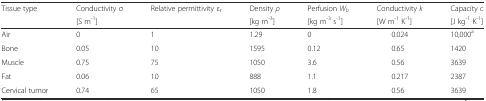
| Tissue type | Conductivity σ | Relative permittivity εr | Density ρ | Perfusion Wb | Conductivity k | Capacity c |
 |  | [S m-1] |  | [kg m-3] | [kg m-3 s-1] | [W m-1 K-1] | [J kg-1 K-1] |
 | --- | --- | --- | --- | --- | --- | --- |
 | Air | 0 | 1 | 1.29 | 0 | 0.024 | 10,000a |
 | Bone | 0.05 | 10 | 1595 | 0.12 | 0.65 | 1420 |
 | Muscle | 0.75 | 75 | 1050 | 3.6 | 0.56 | 3639 |
 | Fat | 0.06 | 10 | 888 | 1.1 | 0.217 | 2387 |
 | Cervical tumor | 0.74 | 65 | 1050 | 1.8 | 0.56 | 3639 |